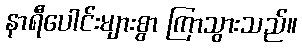
နာရီပေါင်းများစွာ ကြာသွားသည်။